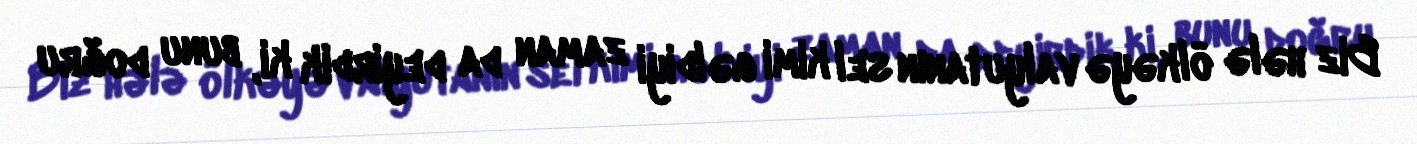
Biz hələ ölkəyə valyutanın sel kimi gəldiyi zaman da deyirdik ki, bunu doğru